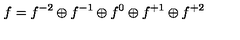
f = f ^ { - 2 } \oplus f ^ { - 1 } \oplus f ^ { 0 } \oplus f ^ { + 1 } \oplus f ^ { + 2 }